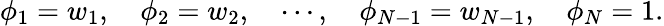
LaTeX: \phi_{1}=w_{1},\quad\phi_{2}=w_{2},\quad\cdots,\quad\phi_{N-1}=w_{N-1},\quad\phi_{N}=1.